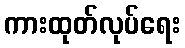
ကားထုတ်လုပ်ရေး